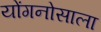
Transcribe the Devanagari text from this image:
योंगनोसाला